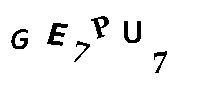
GE7PU7